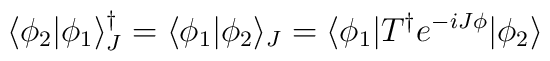
\langle\phi_2|\phi_1\rangle_J^\dagger= \langle\phi_1|\phi_2\rangle_J = \langle\phi_1|T^\dagger e^{-iJ\phi}|\phi_2\rangle